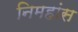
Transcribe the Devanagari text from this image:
निमहांस